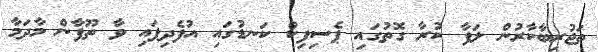
ތަޖުރިބާކާރުން ލަފާ ކުރާ ގޮތުގައި ޕެސިފިކް ކަނޑުގައި އުފެދިފައި ވާ ތޫފާން މާދަމާ